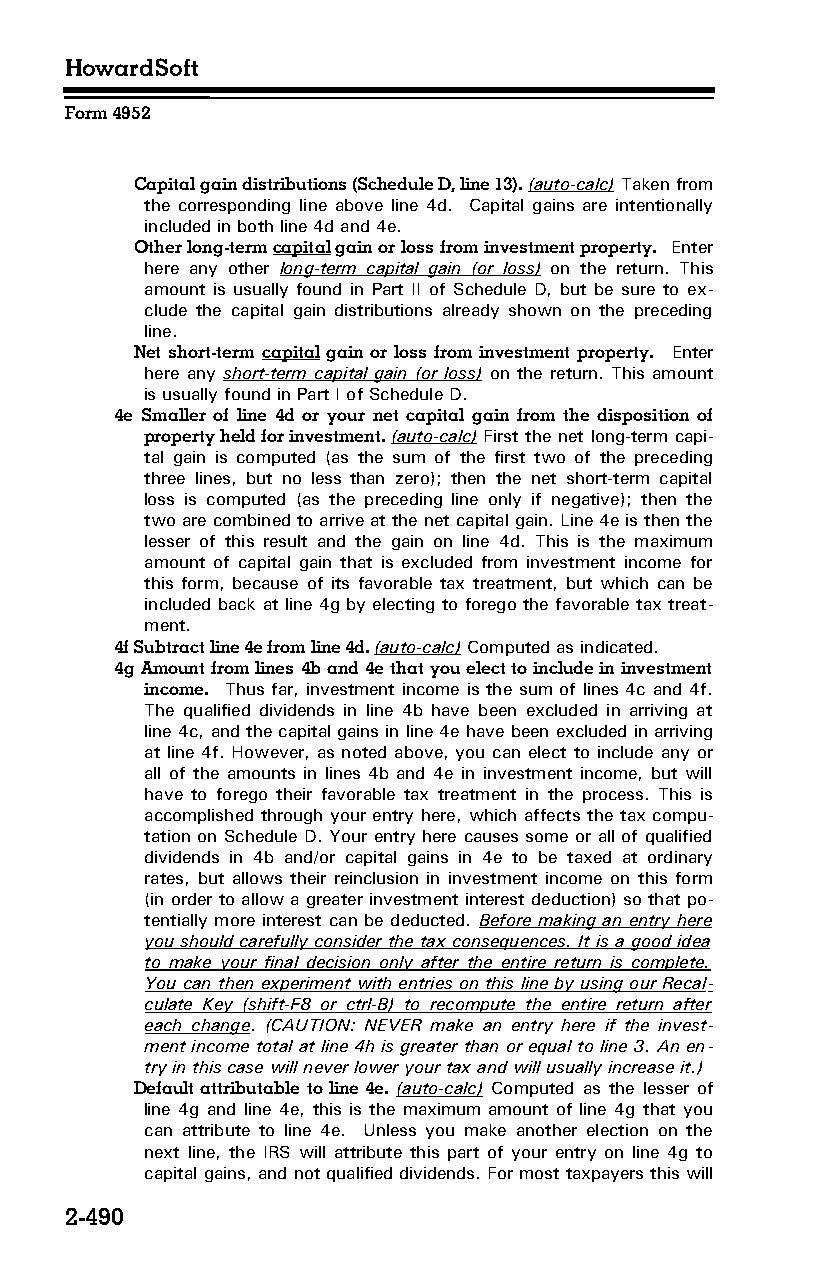
HowardSoft
 Form 4952
 Capital gain distributions (Schedule D, line 13). (auto-calc) Taken from
 the corresponding line above line 4d. Capital gains are intentionally
 included in both line 4d and 4e.
 Other long-term capital gain or loss from investment property. Enter
 here any other long-term capital gain (or loss) on the return. This
 amount is usually found in Part II of Schedule D, but be sure to ex­
 clude the capital gain distributions already shown on the preceding
 line.
 Net short-term capital gain or loss from investment property. Enter
 here any short-term capital gain (or loss) on the return. This amount
 is usually found in Part I of Schedule D.
 4e Smaller of line 4d or your net capital gain from the disposition of
 property held for investment. (auto-calc) First the net long-term capi­
 tal gain is computed (as the sum of the first two of the preceding
 three lines, but no less than zero); then the net short-term capital
 loss is computed (as the preceding line only if negative); then the
 two are combined to arrive at the net capital gain. Line 4e is then the
 lesser of this result and the gain on line 4d. This is the maximum
 amount of capital gain that is excluded from investment income for
 this form, because of its favorable tax treatment, but which can be
 included back at line 4g by electing to forego the favorable tax treat­
 ment.
 4f Subtract line 4e from line 4d. (auto-calc) Computed as indicated.
 4g Amount from lines 4b and 4e that you elect to include in investment
 income. Thus far, investment income is the sum of lines 4c and 4f.
 The qualified dividends in line 4b have been excluded in arriving at
 line 4c, and the capital gains in line 4e have been excluded in arriving
 at line 4f. However, as noted above, you can elect to include any or
 all of the amounts in lines 4b and 4e in investment income, but will
 have to forego their favorable tax treatment in the process. This is
 accomplished through your entry here, which affects the tax compu­
 tation on Schedule D. Your entry here causes some or all of qualified
 dividends in 4b and/or capital gains in 4e to be taxed at ordinary
 rates, but allows their reinclusion in investment income on this form
 (in order to allow a greater investment interest deduction) so that po­
 tentially more interest can be deducted. Before making an entry here
 you should carefully consider the tax consequences. It is a good idea
 to make your final decision only after the entire return is complete.
 You can then experiment with entries on this line by using our Recal­
 culate Key (shift-F8 or ctrl-B) to recompute the entire return after
 each change. (CAUTION: NEVER make an entry here if the invest­
 ment income total at line 4h is greater than or equal to line 3. An en­
 try in this case will never lower your tax and will usually increase it.)
 Default attributable to line 4e. (auto-calc) Computed as the lesser of
 line 4g and line 4e, this is the maximum amount of line 4g that you
 can attribute to line 4e. Unless you make another election on the
 next line, the IRS will attribute this part of your entry on line 4g to
 capital gains, and not qualified dividends. For most taxpayers this will
 2-490